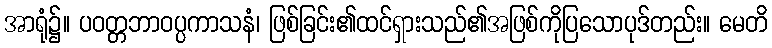
အာရုံ၌။ ပဝတ္တဘာဝပ္ပကာသနံ၊ ဖြစ်ခြင်း၏ထင်ရှားသည်၏အဖြစ်ကိုပြသောပုဒ်တည်း။ မေတိ